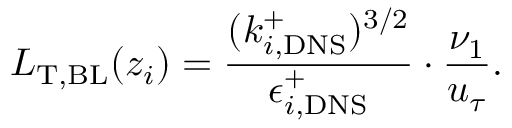
L _ { \mathrm { T } , \mathrm { B L } } ( z _ { i } ) = \frac { ( k _ { i , \mathrm { D N S } } ^ { + } ) ^ { 3 / 2 } } { \epsilon _ { i , \mathrm { D N S } } ^ { + } } \cdot \frac { \nu _ { 1 } } { u _ { \tau } } .